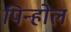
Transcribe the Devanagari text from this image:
पिन्होल